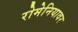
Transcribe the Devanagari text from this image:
रोमेनियावर